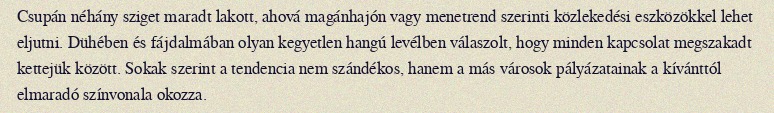
Csupán néhány sziget maradt lakott, ahová magánhajón vagy menetrend szerinti közlekedési eszközökkel lehet eljutni. Dühében és fájdalmában olyan kegyetlen hangú levélben válaszolt, hogy minden kapcsolat megszakadt kettejük között. Sokak szerint a tendencia nem szándékos, hanem a más városok pályázatainak a kívánttól elmaradó színvonala okozza.